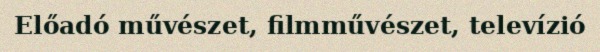
Előadó művészet, filmművészet, televízió